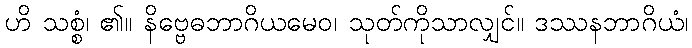
ဟိ သစ္စံ၊ ၏။ နိဗ္ဗေဓဘာဂိယမေဝ၊ သုတ်ကိုသာလျှင်။ ဒဿနဘာဂိယံ၊